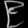
Digit: ၉